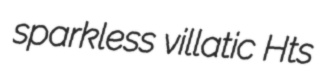
sparkless villatic Hts